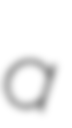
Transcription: a